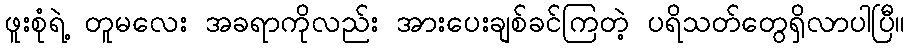
ဖူးစုံရဲ့ တူမလေး အခရာကိုလည်း အားပေးချစ်ခင်ကြတဲ့ ပရိသတ်တွေရှိလာပါပြီ။